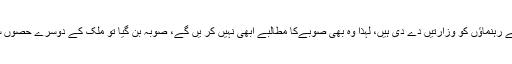
ابھی تو جنوبی پنجاب صوبہ محاذ کے رہنماؤں کو وزارتیں دے دی ہیں، لہذا وہ بھی صوبےکا مطالبے ابھی نہیں کر یں گے، صوبہ بن گیا تو ملک کے دوسرے حصوں سے بھی صوبے کی آوازیں آئیں گی۔